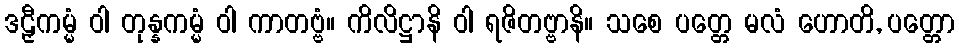
ဒဠှီကမ္မံ ဝါ တုန္နကမ္မံ ဝါ ကာတဗ္ဗံ။ ကိလိဋ္ဌာနိ ဝါ ရဇိတဗ္ဗာနိ။ သစေ ပတ္တေ မလံ ဟောတိ, ပတ္တော